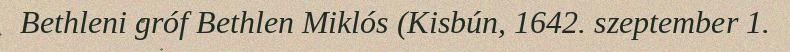
Bethleni gróf Bethlen Miklós (Kisbún, 1642. szeptember 1.